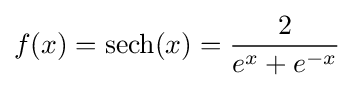
f(x)=\operatorname {sech} (x)={\frac {2}{e^{x}+e^{-x}}}